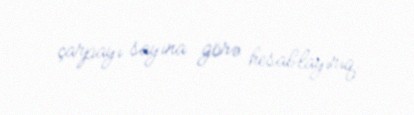
çarpayı sayına görə hesablayırıq.